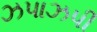
ઝપાઝપી